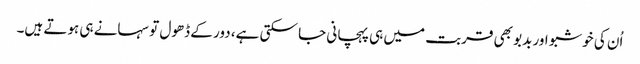
اُن کی خوشبو اور بدبو بھی قربت میں ہی پہچانی جا سکتی ہے، دور کے ڈھول تو سہانے ہی ہوتے ہیں۔